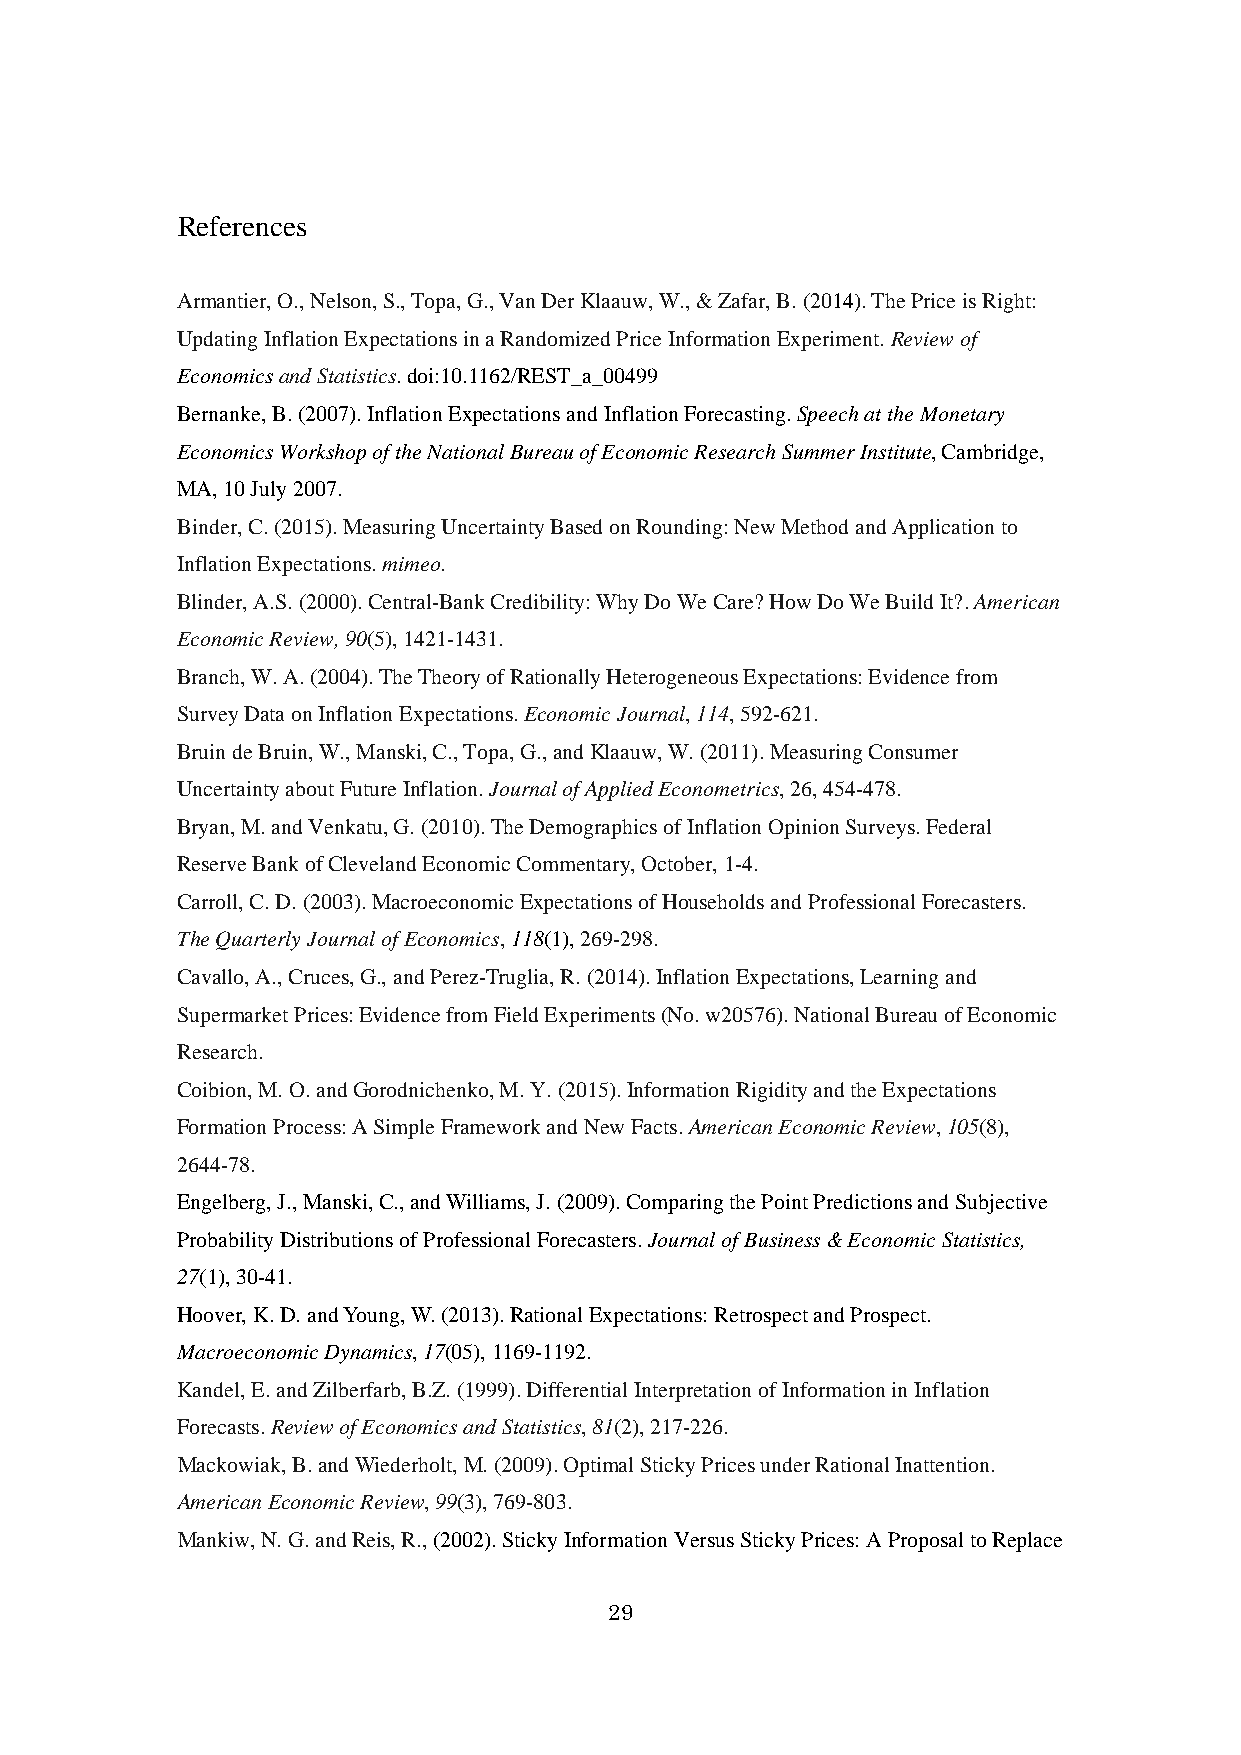
References
 Armantier, O., Nelson, S., Topa, G., Van Der Klaauw, W., & Zafar, B. (2014). The Price is Right:
 Updating Inflation Expectations in a Randomized Price Information Experiment. Review of
 Economics and Statistics. doi:10.1162/REST_a_00499
 Bernanke, B. (2007). Inflation Expectations and Inflation Forecasting. Speech at the Monetary
 Economics Workshop of the National Bureau of Economic Research Summer Institute, Cambridge,
 MA, 10 July 2007.
 Binder, C. (2015). Measuring Uncertainty Based on Rounding: New Method and Application to
 Inflation Expectations. mimeo.
 Blinder, A.S. (2000). Central-Bank Credibility: Why Do We Care? How Do We Build It?. American
 Economic Review, 90(5), 1421-1431.
 Branch, W. A. (2004). The Theory of Rationally Heterogeneous Expectations: Evidence from
 Survey Data on Inflation Expectations. Economic Journal, 114, 592-621.
 Bruin de Bruin, W., Manski, C., Topa, G., and Klaauw, W. (2011). Measuring Consumer
 Uncertainty about Future Inflation. Journal of Applied Econometrics, 26, 454-478.
 Bryan, M. and Venkatu, G. (2010). The Demographics of Inflation Opinion Surveys. Federal
 Reserve Bank of Cleveland Economic Commentary, October, 1-4.
 Carroll, C. D. (2003). Macroeconomic Expectations of Households and Professional Forecasters.
 The Quarterly Journal of Economics, 118(1), 269-298.
 Cavallo, A., Cruces, G., and Perez-Truglia, R. (2014). Inflation Expectations, Learning and
 Supermarket Prices: Evidence from Field Experiments (No. w20576). National Bureau of Economic
 Research.
 Coibion, M. O. and Gorodnichenko, M. Y. (2015). Information Rigidity and the Expectations
 Formation Process: A Simple Framework and New Facts. American Economic Review, 105(8),
 2644-78.
 Engelberg, J., Manski, C., and Williams, J. (2009). Comparing the Point Predictions and Subjective
 Probability Distributions of Professional Forecasters. Journal of Business & Economic Statistics,
 27(1), 30-41.
 Hoover, K. D. and Young, W. (2013). Rational Expectations: Retrospect and Prospect.
 Macroeconomic Dynamics, 17(05), 1169-1192.
 Kandel, E. and Zilberfarb, B.Z. (1999). Differential Interpretation of Information in Inflation
 Forecasts. Review of Economics and Statistics, 81(2), 217-226.
 Mackowiak, B. and Wiederholt, M. (2009). Optimal Sticky Prices under Rational Inattention.
 American Economic Review, 99(3), 769-803.
 Mankiw, N. G. and Reis, R., (2002). Sticky Information Versus Sticky Prices: A Proposal to Replace
 29